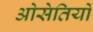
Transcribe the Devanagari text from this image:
ओसेतियों